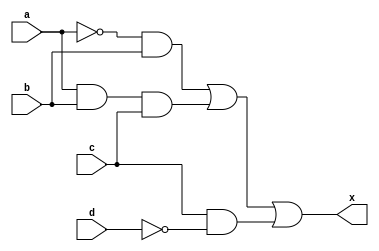
module sop_genisletilmemis(x,a,b,c,d);

input a,b,c,d;
wire one,two,three,an,dn;
output x;
 
not (an,a);
not (dn,d);
 
 
and (one,an , b);
and (two,a ,b, c);
and (three, c, dn);
 
or (x,one,two,three);
 
endmodule